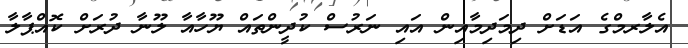
އެލާރމްގެ އަޑަށް ދިމަދިމާއިން އައި ނަރުސް ކުދީންތައް ޔޫހާއާ ލޫނާ ދުރަށް ކޮއްޕާލާ